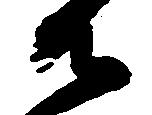
御